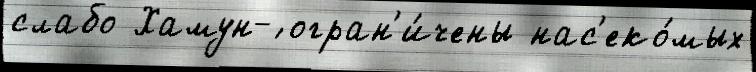
слабо Хамун-́ огран'и́чены нас'еко́мых